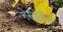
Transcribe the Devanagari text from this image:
गेस्ट्रोपोडा